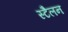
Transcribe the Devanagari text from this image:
स्टैलन